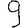
Digit: 9